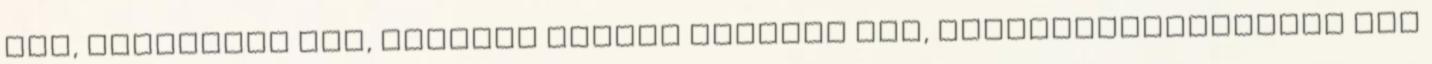
Kar, Mûvészeti Kar, Pollack Mihály Mûszaki Kar, Természettudományi Kar